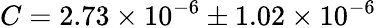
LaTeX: C=2.73\times 10^{-6}\pm 1.02\times 10^{-6}